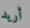
أريد